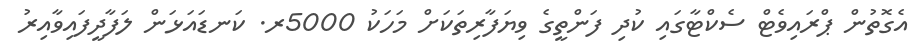
އެގޮތުން ޕްރައިވެޓް ސެކްޓާގައި ކުދި ފަންތީގެ ވިޔަފާރިތަކަށް މަހަކު 5000ރ. ކަނޑައަޅަން ލަފާދީފައިވާއިރު